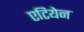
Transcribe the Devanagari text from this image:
एटियेन